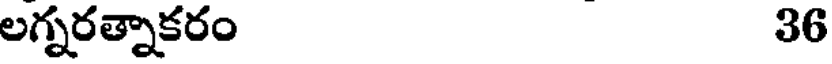
లగ్నరత్నాకరం 36